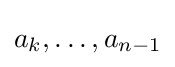
a_{k},\dots ,a_{n-1}